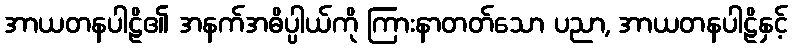
အာယတနပါဠိ၏ အနက်အဓိပ္ပါယ်ကို ကြားနာတတ်သော ပညာ, အာယတနပါဠိနှင့်